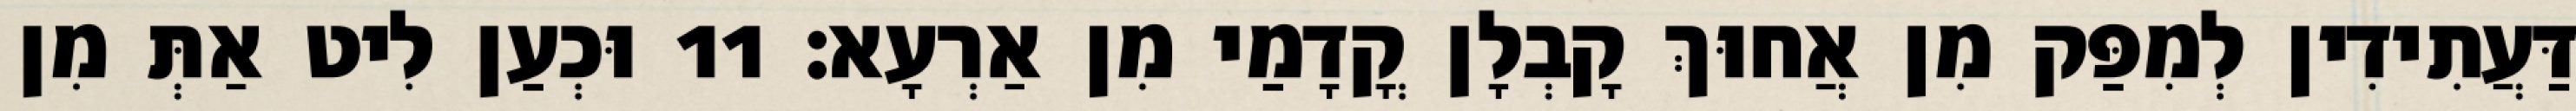
דַּעֲתִידִין לְמִפַּק מִן אֲחוּךְ קָבְלָן קֳדָמַי מִן אַרְעָא׃ 11 וּכְעַן לִיט אַתְּ מִן